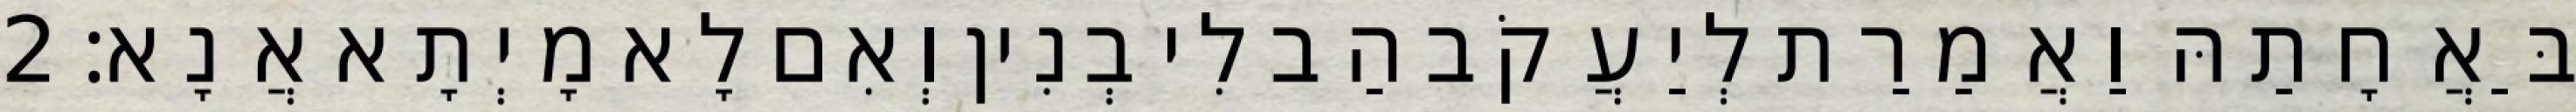
בַּאֲחָתַהּ וַאֲמַרַת לְיַעֲקֹב הַב לִי בְנִין וְאִם לָא מָיְתָא אֲנָא׃ 2